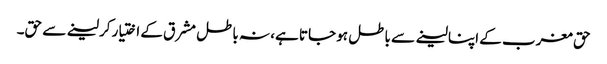
حق مغرب کے اپنا لینے سے باطل ہو جاتا ہے، نہ باطل مشرق کے اختیار کرلینے سے حق۔